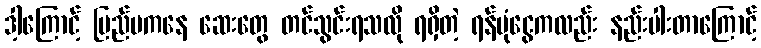
ဒါ့ကြောင့် ပြည်ပကနေ ဆေးတွေ တင်သွင်းရသလို ရရှိတဲ့ ရန်ပုံငွေကလည်း နည်းပါးတာကြောင့်